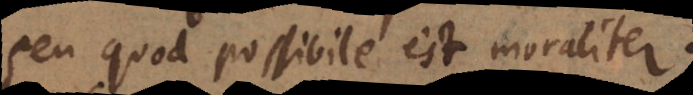
seu quod possibile est moraliter.